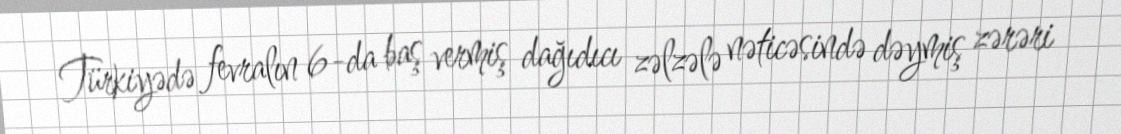
Türkiyədə fevralın 6-da baş vermiş dağıdıcı zəlzələ nəticəsində dəymiş zərəri